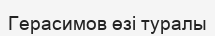
Герасимов өзі туралы